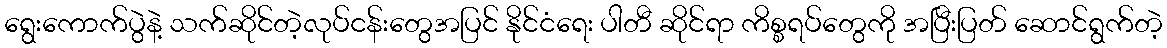
ရွေးကောက်ပွဲနဲ့ သက်ဆိုင်တဲ့လုပ်ငန်းတွေအပြင် နိုင်ငံရေး ပါတီ ဆိုင်ရာ ကိစ္စရပ်တွေကို အပြီးပြတ် ဆောင်ရွက်တဲ့